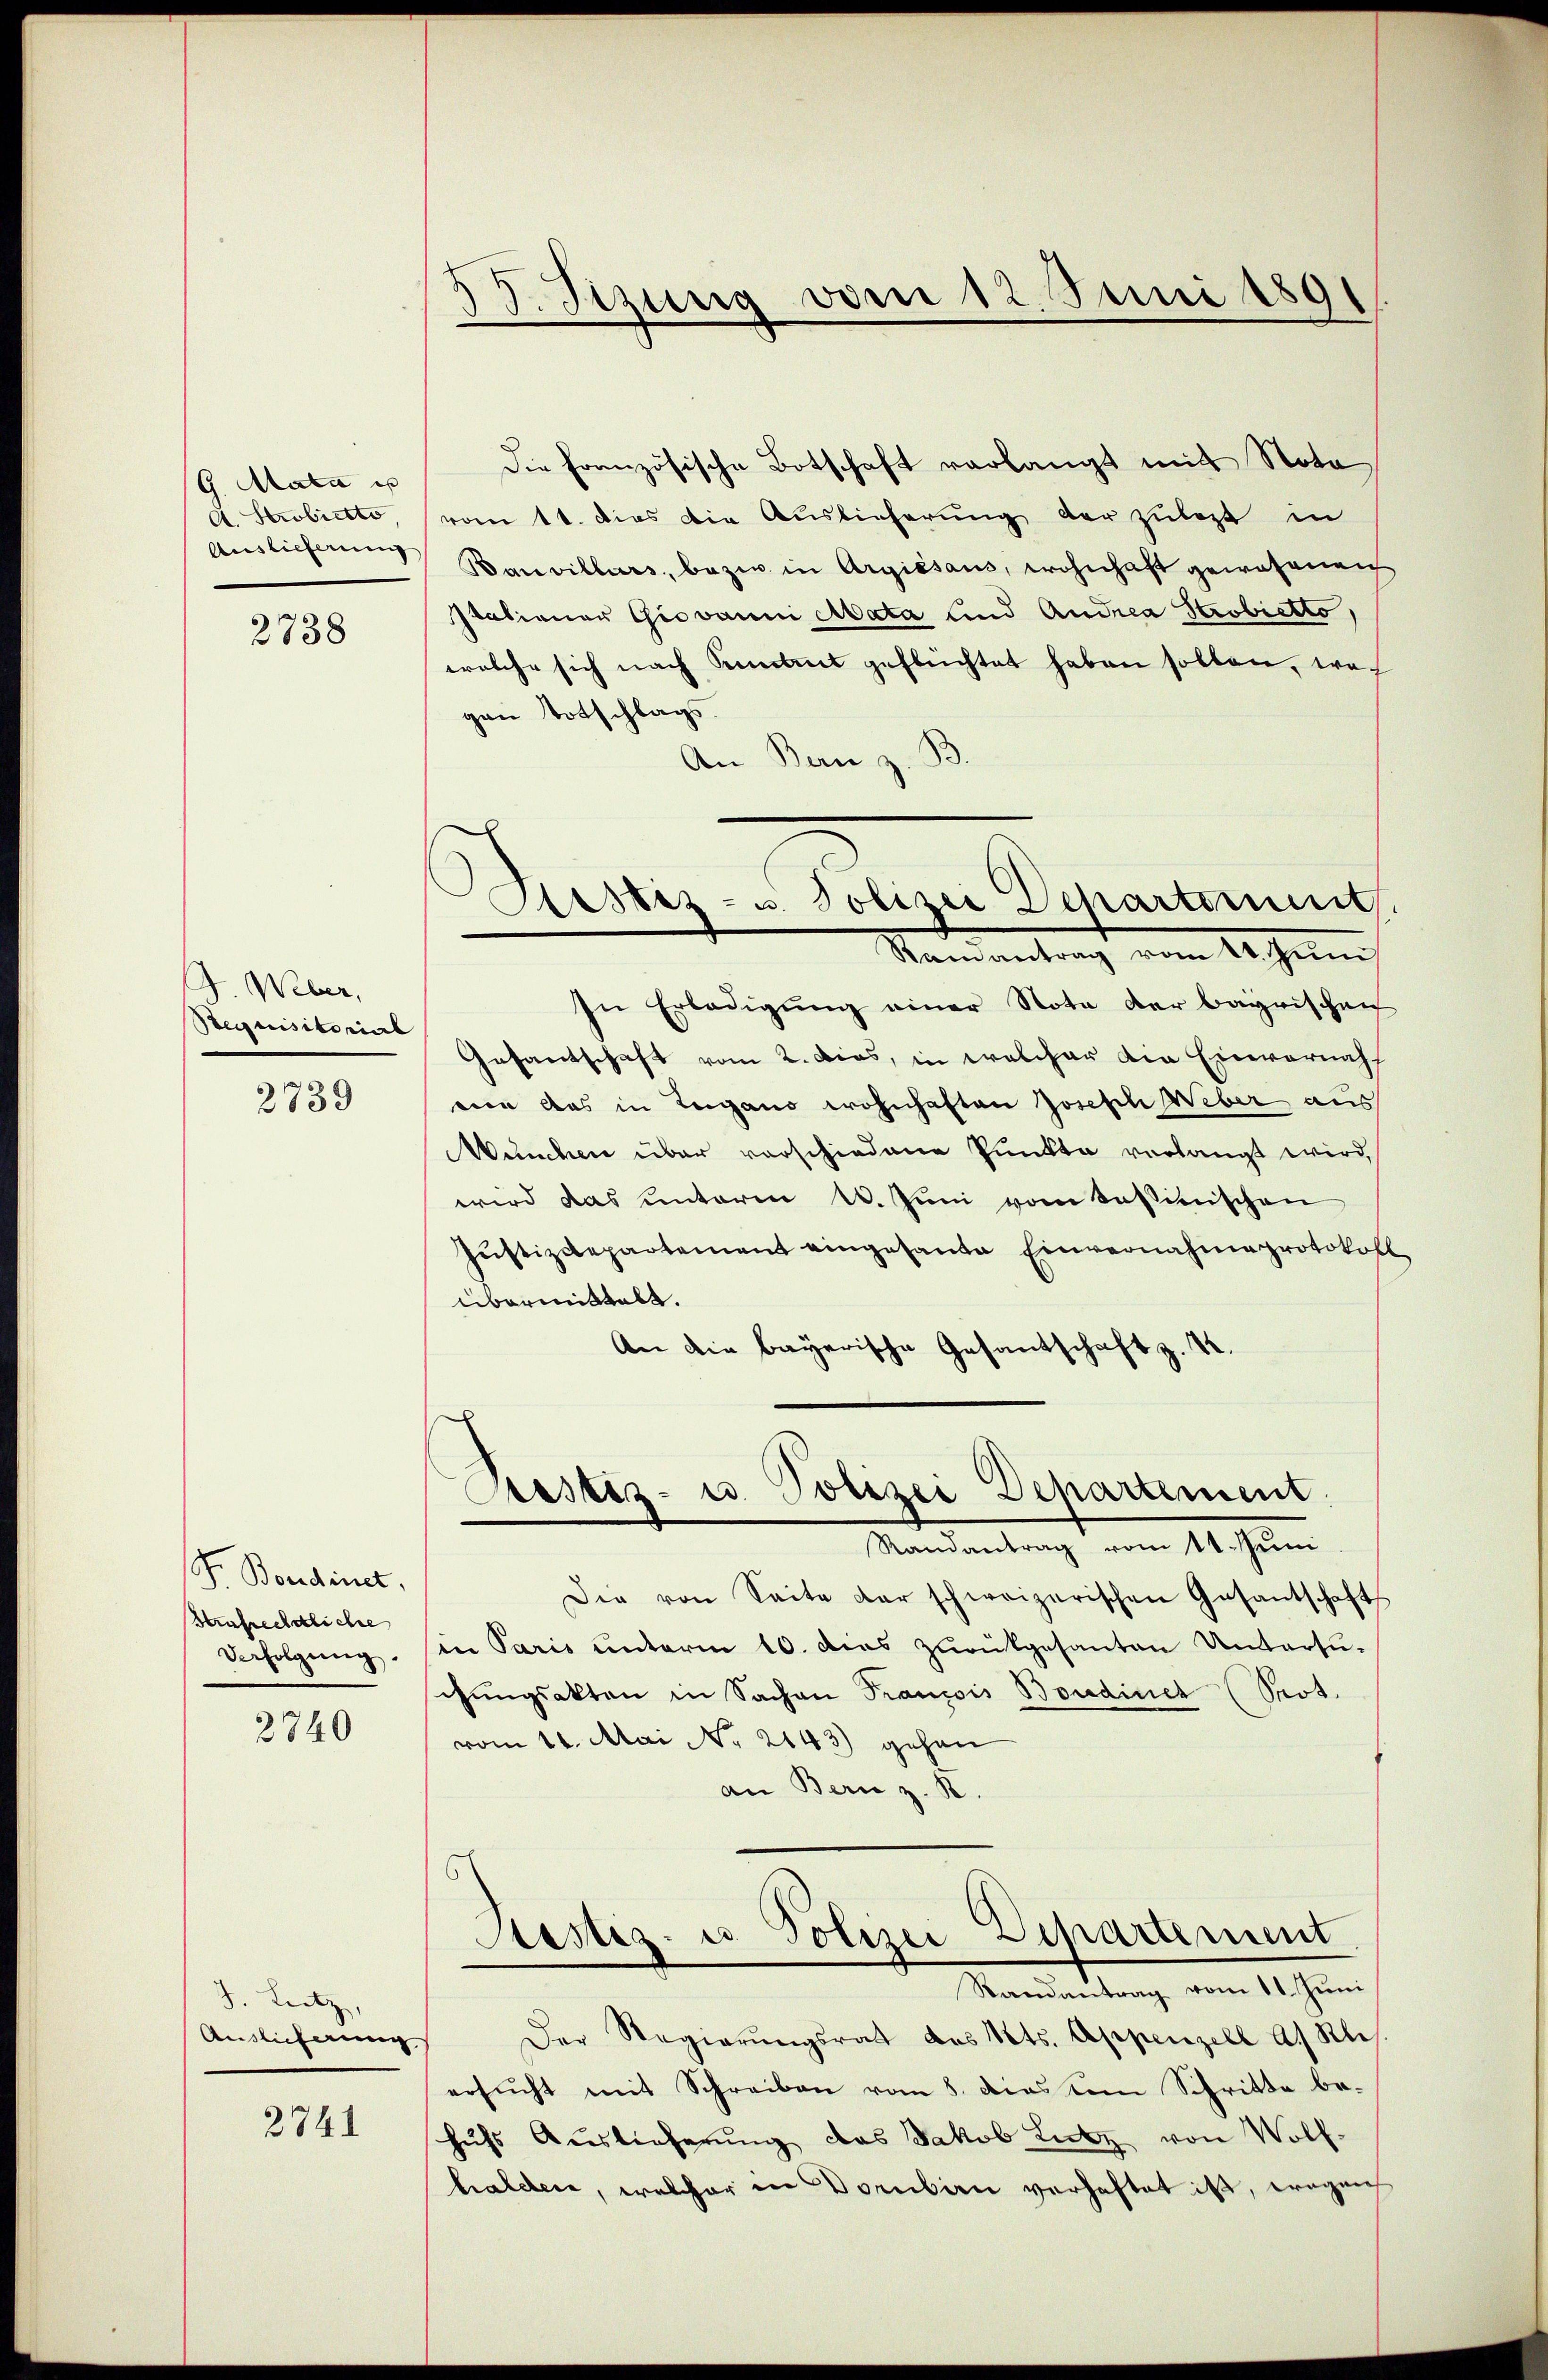
G. Mata is
A. Strobictto
Auslieferung

2738

J. Weber,
Stequisitorial

2739

P. Bordinet,
Arafrechtliche
Verfolgŭng.

2740

J. Letz
Auslicherung

2741

33. Stzung vom 12. Juni 1891

Kistes- u. Polizei Departement
Namentragt vom 1. Juni

Die Französische Botschaft verlangt mit Nota
vom 1t. dies die Auslieferung der zulezt in
Banvillars, bezw. in Argiésaus, wohnhaft gewesenen
Stationer Giovanni Mata und Andrea Strobretto,
welche sich nach Kenntnis geflüchtet haben sollen, woh
gen Totschlags
An Bau z. B
In Erledigŭng einer Note der bayrischen
Gesantschaft vom 2. Dias, in welcher die Einvernah
von das in Lugano wohnhaften Joseph Weber aus
München über vorschiedene Punkte verlangt wird,
wird das unterm 1. Jŭni vom kassinischen
Jŭstizdepartement eingesante Einvernahmeprotokoll
übermittelt.
An die bayerische Gesantschaft z. S.
Prestiz- u. Polizei Departement.
Randantrag vom 11. Juni
Die von Seite dar schweizerischen Gesantschaft
in Paris unterm 10. dies zurükgesanten Untersuchŭngsakten in Sachen Francois Boudinet (Sot.
vom 14. Mai No 2143) gehen
an Bern z. B.
Sistiz- u. Polizei Departement
Randantrag vom 11. Juni
Der Regierŭngsrat des Kts. Appenzell A. Res
ersucht mit Schreiben vom 8. dies dem Schritte behŭfs Auslieferŭng das Jakob Lutz von Wolf-
halder, welcher in Vorbern verhaftet ist, wegen